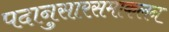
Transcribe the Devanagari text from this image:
पदानुसारसमाकलन